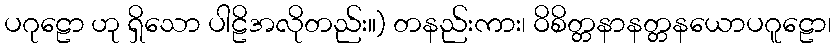
ပဂုဠော ဟု ရှိသော ပါဠိအလိုတည်း။) တနည်းကား၊ ဝိစိတ္တနာနတ္တနယောပဂူဠော၊